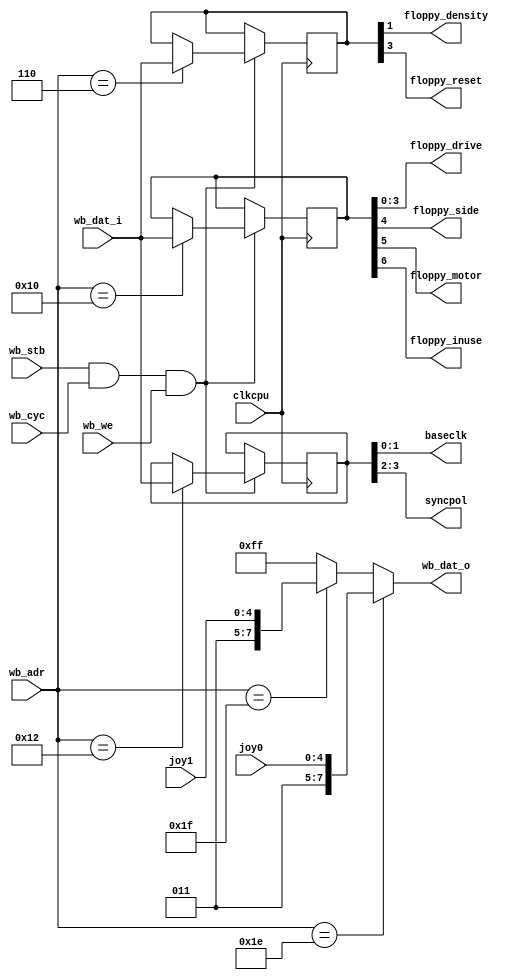
`timescale 1ns / 1ps
/* latches.v

 Copyright (c) 2015, Stephen J. Leary
 All rights reserved.
 
 Redistribution and use in source and binary forms, with or without
 modification, are permitted provided that the following conditions are met:
     * Redistributions of source code must retain the above copyright
 *       notice, this list of conditions and the following disclaimer.
 *     * Redistributions in binary form must reproduce the above copyright
 *       notice, this list of conditions and the following disclaimer in the
 *       documentation and/or other materials provided with the distribution.
 *     * Neither the name of the <organization> nor the
 *       names of its contributors may be used to endorse or promote products
 *       derived from this software without specific prior written permission.
 * 
 * THIS SOFTWARE IS PROVIDED BY THE COPYRIGHT HOLDERS AND CONTRIBUTORS "AS IS" AND
 * ANY EXPRESS OR IMPLIED WARRANTIES, INCLUDING, BUT NOT LIMITED TO, THE IMPLIED
 * WARRANTIES OF MERCHANTABILITY AND FITNESS FOR A PARTICULAR PURPOSE ARE
 * DISCLAIMED. IN NO EVENT SHALL <COPYRIGHT HOLDER> BE LIABLE FOR ANY
 * DIRECT, INDIRECT, INCIDENTAL, SPECIAL, EXEMPLARY, OR CONSEQUENTIAL DAMAGES
 * (INCLUDING, BUT NOT LIMITED TO, PROCUREMENT OF SUBSTITUTE GOODS OR SERVICES;
 * LOSS OF USE, DATA, OR PROFITS; OR BUSINESS INTERRUPTION) HOWEVER CAUSED AND
 * ON ANY THEORY OF LIABILITY, WHETHER IN CONTRACT, STRICT LIABILITY, OR TORT
 * (INCLUDING NEGLIGENCE OR OTHERWISE) ARISING IN ANY WAY OUT OF THE USE OF THIS
 * SOFTWARE, EVEN IF ADVISED OF THE POSSIBILITY OF SUCH DAMAGE.
 */
 
module latches(

	input     clkcpu,  // system cpu clock.

	// "wishbone bus" the ack is externally generated currently. 
	input         wb_cyc,
	input         wb_stb,
	input         wb_we,
	
	input  [15:2] wb_adr,   // la
	input   [7:0] wb_dat_i, // bd
	output  [7:0] wb_dat_o, // bd
	
	// floppy latch signals.
	output  [3:0] floppy_drive,
	output        floppy_side, 
	output        floppy_motor,
	output        floppy_inuse,
	output        floppy_density,
	output        floppy_reset,

	// place any signals that need to be passed up to the top after here. 

	input   [4:0] joy0,
	input   [4:0] joy1,
	
	output  [1:0] baseclk,
	output  [1:0] syncpol

);

reg   [7:0] printer_data;
reg   [7:0] ext_latch_a;
reg   [7:0] ext_latch_b;
reg   [7:0] ext_latch_c;

wire write_request = wb_stb & wb_cyc & wb_we;

initial begin 

	printer_data = 8'd0;
	ext_latch_a  = 8'hFF;
	ext_latch_b  = 8'hFF;
	ext_latch_c  = 8'd0; // A540 only. Used for VIDC enhancer.

end

always @(posedge clkcpu) begin 

	if (write_request) begin 

		case (wb_adr)

			14'h0004: printer_data<= wb_dat_i; // 0x10
			14'h0010: ext_latch_a <= wb_dat_i; // 0x40
			14'h0006: ext_latch_b <= wb_dat_i; // 0x18
			14'h0012: ext_latch_c <= wb_dat_i; // 0x48

		endcase

	end

end

assign floppy_drive = ext_latch_a[3:0];
assign floppy_side = ext_latch_a[4];
assign floppy_motor = ext_latch_a[5];
assign floppy_inuse = ext_latch_a[6];
assign floppy_density = ext_latch_b[1];
assign floppy_reset = ext_latch_b[3];

assign wb_dat_o = wb_adr == 14'h001e ? {3'b011, joy0} :
                  wb_adr == 14'h001f ? {3'b011, joy1} : 8'hFF;

assign baseclk = ext_latch_c[1:0];
assign syncpol = ext_latch_c[3:2];

endmodule